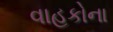
વાહકોના